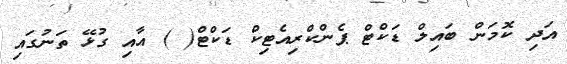
އަދި ކޮމަން ބައިލް ޑަކްޓް ޕެންކްރިއެޓިކް ޑަކްޓް( ) އާއި ގުޅޭ ތަނުގައި